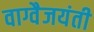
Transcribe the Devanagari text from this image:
वाग्वैजयंती